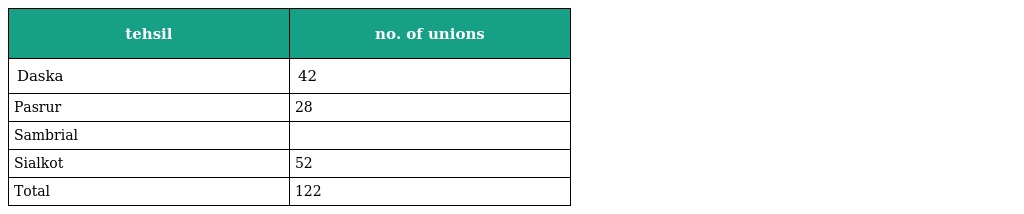
| tehsil | no. of unions |
 | --- | --- |
 | Daska | 42 |
 | Pasrur | 28 |
 | Sambrial |  |
 | Sialkot | 52 |
 | Total | 122 |